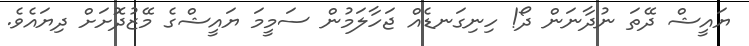
ޔައީޝް ދޭތަ ނުދާނަން ދޯ! ހިނިގަނޑެއް ޖަހާލަމުން ސަމީމަ ޔައީޝްގެ މޭޒުދޮށަށް ދިޔައެވެ.